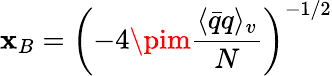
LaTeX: \mathbf{x}_{B}=\left(-4\pim\frac{{\langle\bar{{q}}q\rangle_{v}}}{{N}}\right)^{-1/2}